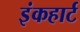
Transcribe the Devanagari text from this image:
इंकहार्ट